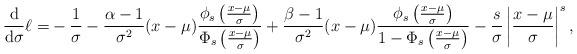
LaTeX: \begin{align*}\frac{\mathrm{d}}{\mathrm{d}\sigma}\ell=&-\frac{1}{\sigma}-\frac{\alpha-1}{\sigma^2}(x-\mu)\frac{\phi_s\left(\frac{x-\mu}{\sigma}\right)}{\Phi_s\left(\frac{x-\mu}{\sigma}\right)}+\frac{\beta-1}{\sigma^2}(x-\mu)\frac{\phi_s\left(\frac{x-\mu}{\sigma}\right)}{1-\Phi_s\left(\frac{x-\mu}{\sigma}\right)}-\frac{s}{\sigma}\left|\frac{x-\mu}{\sigma}\right|^s,\end{align*}